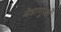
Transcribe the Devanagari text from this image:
नेत्राणुओं